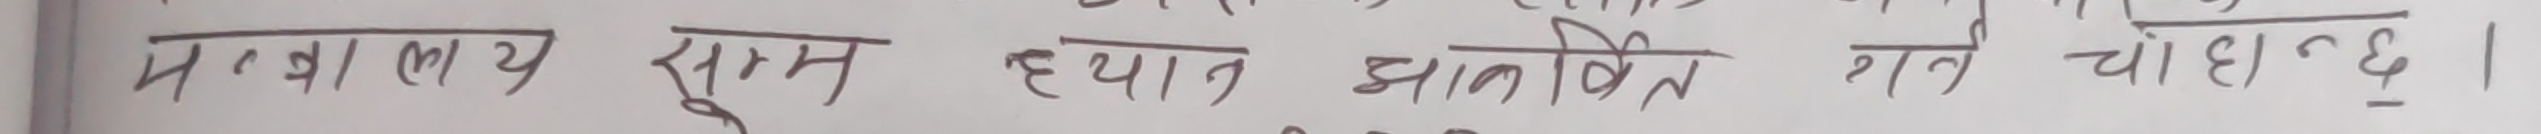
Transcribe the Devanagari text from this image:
महालाय सम्मत ह्यात झ्यालिन गर्न चाहान्छु।